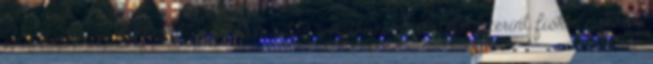
az általános a belföldi vállalkozásokra vonatkozó szabályok szerint, fióktelepenként